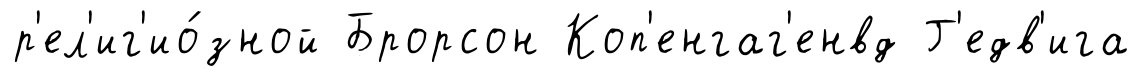
р'ел'иг'ио́зной Брорсон Коп'енгаг'енвд Г'едв'ига